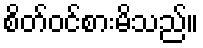
စိတ်ဝင်စားမိသည်။